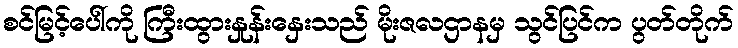
စင်မြင့်ပေါ်ကို ကြီးထွားနှုန်းနှေးသည် မိုးဇလဌာနမှ သွင်ပြင်က ပွတ်တိုက်